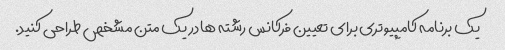
یک برنامه کامپیوتری برای تعیین فرکانس رشته ها در یک متن مشخص طراحی کنید.